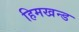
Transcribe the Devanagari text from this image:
हिमखन्ड